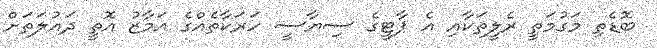
ބޮޑެތި މަގުމަތީ ރެލީތަކާއި އެ ޕާޓީގެ ސިޔާސީ ހަރަކާތެއްގެ އަމާޒު އޮތީ ދައުލަތަށް